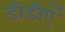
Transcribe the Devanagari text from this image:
डीडीएँ